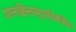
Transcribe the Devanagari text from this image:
शान्तश्चिन्तासूयादिवर्जितः